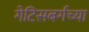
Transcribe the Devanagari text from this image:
गेटिसबर्गच्या